Annual report of the Punjab Veterinary College and of the Civil Veterinary Department, Punjab - 1909-1919
Year: 1909
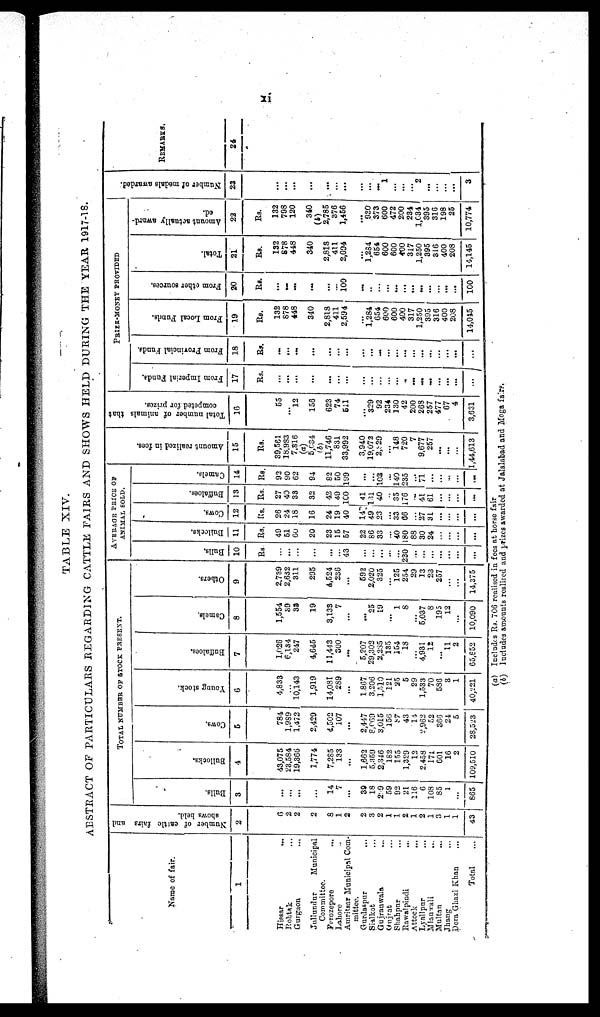
xi
TABLE XIV.
ABSTRACT OF PARTICULARS REGARDING CATTLE FAIRS AND SHOWS HELD DURING THE YEAR, 1917-18.
Name of fair.
1
Hissar
...
Rohtak ...
Gurgaon ...
Jullundur
Municipal
Committee.
Ferozepore ...
Lahore ..
Amritsar Municipal Com-
mittee.
Gurdaspur ...
Sialkot ...
Gujranwala ...
Gujrat ...
Shahpur ...
Rawalpindi
...
Attock
...
Lyallpur ...
Mianwali ...
Multan ...
Jhang ...
Dora Ghazi Khan ...
Total ...
Number of caitle fairs and
shows held.
2
6
2
2
2
8
1
2
2
3
2
1
1
2
1
2
1
3
1
1
43
TOTAL NUMBER OF STOCK PRESENT.
Bulls.
3
...
...
...
...
14
7
...
39
18
229
59
92
21
116
6
108
85
1
...
865
Bullocks.
4
43,075
23,584
19,366
1,774
7,285
133
...
1,662
5,359
2,346
182
155
1,329
12
2,458
171
601
16
2
109,510
Cows.
5
784
1,989
1,472
2,429
4,502
107
...
2,447
8,069
3,015
156
87
43
14
2,962
52
366
24
5
28,523
Young stock.
6
4,833
...
10,143
1,919
14,081
289
...
1.867
3,206
1,510
121
25
5
29
1,533
70
586
3
1
40,221
Buffaloes.
7
1,026
6,134
247
4,645
11,413
300
...
5,207
29,302
2,285
135
154
18
...
4,931
12
...
11
2
65,652
Camels.
8
1,554
39
33
19
3,133
7
...
...
25
19
...
1
8
...
6,037
8
195
12
...
10,090
Others.
9
2.739
2,632
311
295
4,524
236
...
592
2,020
325
... 125
254
29
13
23
257
...
...
14,375
AVERAGE PRICE OF
ANIMAL SOLD.
Bulls.
10
Rs.
...
...
...
...
...
...
43
...
...
...
...
...
230
...
...
...
...
...
...
...
Bullocks.
11
Rs.
49
51
60
20
23
15
57
22
86
33
...
40
180
88
30
24
...
...
...
...
Cows.
12
Rs.
26
24
18
16
24
19
40
14"
49
23
...
33
66
27
31
...
...
...
...
Buffaloes.
13
Rs.
27
4'J
33
32
42
49
100
41
131
40
35
176
...
41
61
...
...
...
...
Camels.
14
Rs.
93
90
62
94
82
50
199
...
...
103
...
140
235
...
71
...
...
...
...
...
Amount realized in fees.
15
Rs.
39,561
18,983
7,816
(a) 5,034
(b)
11,746
831
33,992
3,940
19,072
2,829
... 148
720
7
9,677
257
...
...
...
1,44,613
Total number of animals that
competed for prizes.
16
55
...
12
153
623
74
511
...
329
92
234
130
42
200
268
257
477
67
4
3,631
PRIZE-MONEY PROVIDED
From Imperial Funds.
17
Rs.
...
...
...
...
...
...
...
...
...
...
...
...
...
...
...
...
...
...
...
From Provincial Funds.
18
Rs.
...
...
...
...
...
...
...
...
...
...
...
...
...
...
...
...
...
...
...
...
From Local Funds.
19
Rs.
132
878
448
340
2,818
411
2,594
...
1,284
654
600
600
400
317
1,250
395
316
400
208
14,045
From other sources.
20
Rs.
...
...
...
...
...
...
100
...
..
...
...
...
...
...
...
...
...
...
...
100
Total.
21
Rs.
132
878
448
340
2,818
411
2,694
...
1,234
654
600 600
400
317
1,250
395
316
400
208
14,145
Amount actually award-
ed.
22
Rs.
132
798
120
340
(b) 2,785
376 1,456
...
930
373
600 472
200
234 1,034
395
316 198
25
10,774
Number of medals awarded.
23
...
...
...
...
...
...
...
...
...
...
1
...
...
... 2
...
...
...
...
3
REMARKS.
24
(a) Includes Rs. 706 realised in fees at horse fair
(b) Includes amounts realised and prizes awarded at Jalalabad and Moga fairs.